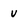
Character: u